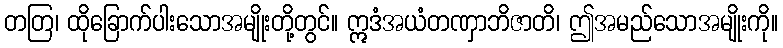
တတြ၊ ထိုခြောက်ပါးသောအမျိုးတို့တွင်။ ဣဒံအယံတဏှာဘိဇာတိ၊ ဤအမည်သောအမျိုးကို။